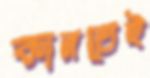
কানতেই